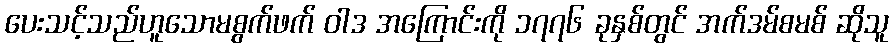
ပေးသင့်သည်ဟူသောမစွက်ဖက် ဝါဒ အကြောင်းကို ၁၇၇၆ ခုနှစ်တွင် အက်ဒမ်စမစ် ဆိုသူ